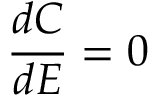
\frac { d C } { d E } = 0